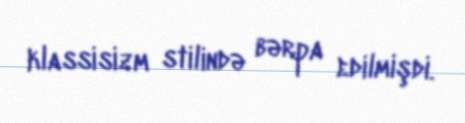
klassisizm stilində bərpa edilmişdi.